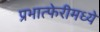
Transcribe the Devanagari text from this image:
प्रभात्फेरीमध्ये